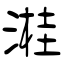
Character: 溎